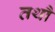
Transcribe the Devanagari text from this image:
तथौ